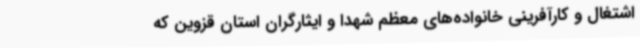
اشتغال و کارآفرینی خانواده‌های معظم شهدا و ایثارگران استان قزوین که